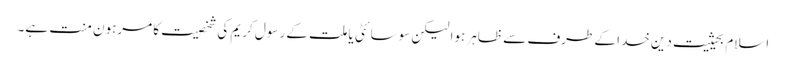
اسلام بحیثیت دین خدا کے طرف سے ظاہر ہوا لیکن سوسائٹی یا ملت کے رسول کریم کی شخصیت کا مرہون منت ہے۔